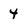
Character: 4